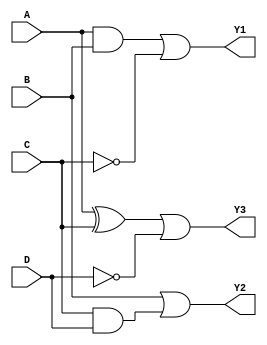
module CombinationalLogicBlocks (
    input wire A,
    input wire B,
    input wire C,
    input wire D,
    output wire Y1, // Output of Group 1
    output wire Y2, // Output of Group 2
    output wire Y3  // Output of Group 3
);

// Group 1: Operates on A, B, and C
// Logic Operation: Y1 = A AND B OR NOT(C)
assign Y1 = (A & B) | ~C;

// Group 2: Operates on B, C, and D (overlapping B and C with Group 1)
// Logic Operation: Y2 = B OR C AND D
assign Y2 = B | (C & D);

// Group 3: Operates on A, C, and D (overlapping C with Group 1)
// Logic Operation: Y3 = A XOR C OR NOT(D)
assign Y3 = (A ^ C) | ~D;

endmodule